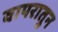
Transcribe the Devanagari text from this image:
वापरातुन